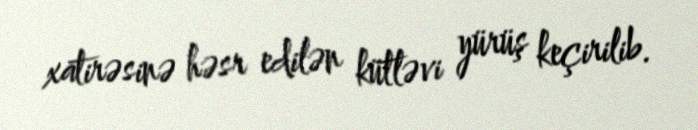
xatirəsinə həsr edilən kütləvi yürüş keçirilib.